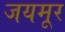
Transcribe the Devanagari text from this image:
जयमूर